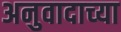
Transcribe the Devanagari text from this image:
अनुवादाच्‍या